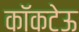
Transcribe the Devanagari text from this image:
कॉकटेऊ